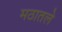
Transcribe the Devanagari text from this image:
मठातले